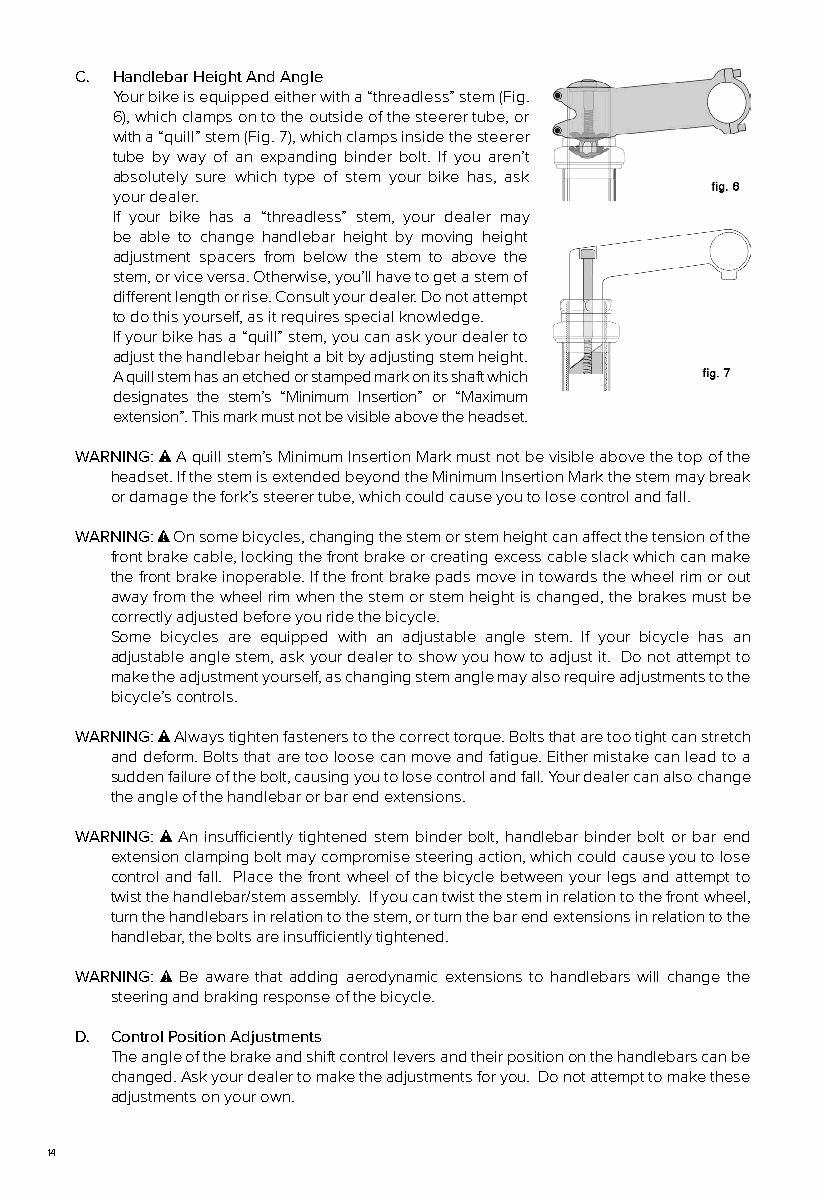
C. Handlebar Height And Angle
 Your bike is equipped either with a “threadless” stem (Fig.
 6), which clamps on to the outside of the steerer tube, or
 with a “quill” stem (Fig. 7), which clamps inside the steerer
 tube by way of an expanding binder bolt. If you aren’t
 absolutely sure which type of stem your bike has, ask
 your dealer.
 If your bike has a “threadless” stem, your dealer may
 be able to change handlebar height by moving height
 adjustment spacers from below the stem to above the
 stem, or vice versa. Otherwise, you’ll have to get a stem of
 different length or rise. Consult your dealer. Do not attempt
 to do this yourself, as it requires special knowledge.
 If your bike has a “quill” stem, you can ask your dealer to
 adjust the handlebar height a bit by adjusting stem height.
 A quill stem has an etched or stamped mark on its shaft which
 designates the stem’s “Minimum Insertion” or “Maximum
 extension”. This mark must not be visible above the headset.
 WARNING: A quill stem’s Minimum Insertion Mark must not be visible above the top of the
 headset. If the stem is extended beyond the Minimum Insertion Mark the stem may break
 or damage the fork’s steerer tube, which could cause you to lose control and fall.
 WARNING: On some bicycles, changing the stem or stem height can affect the tension of the
 front brake cable, locking the front brake or creating excess cable slack which can make
 the front brake inoperable. If the front brake pads move in towards the wheel rim or out
 away from the wheel rim when the stem or stem height is changed, the brakes must be
 correctly adjusted before you ride the bicycle.
 Some bicycles are equipped with an adjustable angle stem. If your bicycle has an
 adjustable angle stem, ask your dealer to show you how to adjust it. Do not attempt to
 make the adjustment yourself, as changing stem angle may also require adjustments to the
 bicycle’s controls.
 WARNING: Always tighten fasteners to the correct torque. Bolts that are too tight can stretch
 and deform. Bolts that are too loose can move and fatigue. Either mistake can lead to a
 sudden failure of the bolt, causing you to lose control and fall. Your dealer can also change
 the angle of the handlebar or bar end extensions.
 WARNING: An insufficiently tightened stem binder bolt, handlebar binder bolt or bar end
 extension clamping bolt may compromise steering action, which could cause you to lose
 control and fall. Place the front wheel of the bicycle between your legs and attempt to
 twist the handlebar/stem assembly. If you can twist the stem in relation to the front wheel,
 turn the handlebars in relation to the stem, or turn the bar end extensions in relation to the
 handlebar, the bolts are insufficiently tightened.
 WARNING: Be aware that adding aerodynamic extensions to handlebars will change the
 steering and braking response of the bicycle.
 D. Control Position Adjustments
 The angle of the brake and shift control levers and their position on the handlebars can be
 changed. Ask your dealer to make the adjustments for you. Do not attempt to make these
 adjustments on your own.
 14